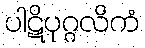
ပါဋိပုဂ္ဂလိကံ